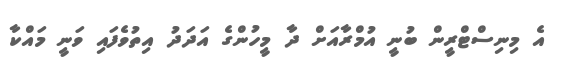
އެ މިނިސްޓްރީން ބުނީ އުމްރާއަށް ދާ މީހުންގެ އަދަދު އިތުވެފައި ވަނީ މައްކާ